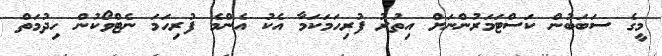
މީގެ ސަބަބުން ކަސްޓަމަރުންނަށް އިތުރު ފުރިހަމަކަމާ އެކު އެންމެ ފުރިހަމަ ނެޓްވޯކުން ހިދުމަތް